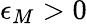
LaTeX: \epsilon_{M}>0